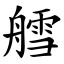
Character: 艝